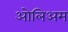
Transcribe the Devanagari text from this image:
ओलिअम